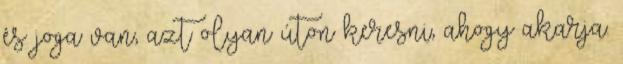
és joga van, azt olyan úton keresni, ahogy akarja.